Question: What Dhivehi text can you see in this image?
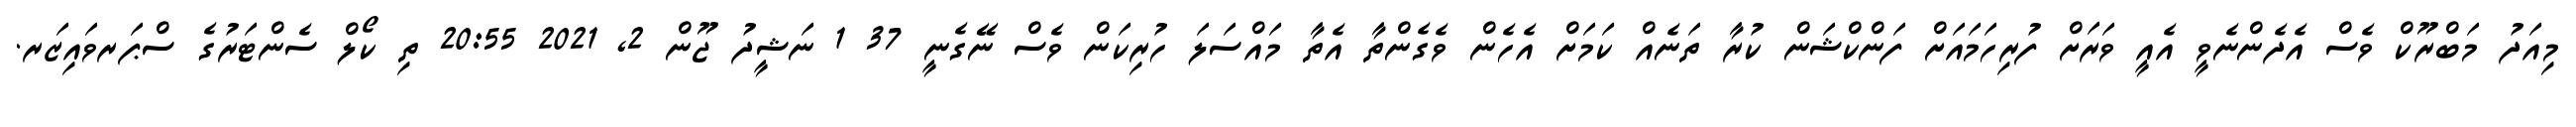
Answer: މިއަދު މަބްރޫކް ވެސް އެދެންނެވީ އެއީ ވަރަށް ފުރިހަމައަށް ފަންކްޝަން ކުރާ ތަނެއް ކަމަށް އެހެން ވެގެންތާ އެތާ މައްސަލަ ހުރިކަން ވެސް ނޭގެނީ 37 1 ނަޝީދު ޖޫން 2, 2021 20:55 ތި ކޯލް ސެންޓަރުގެ ސްޕަރވައިޒަރ.